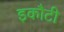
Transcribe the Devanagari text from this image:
इकौटी